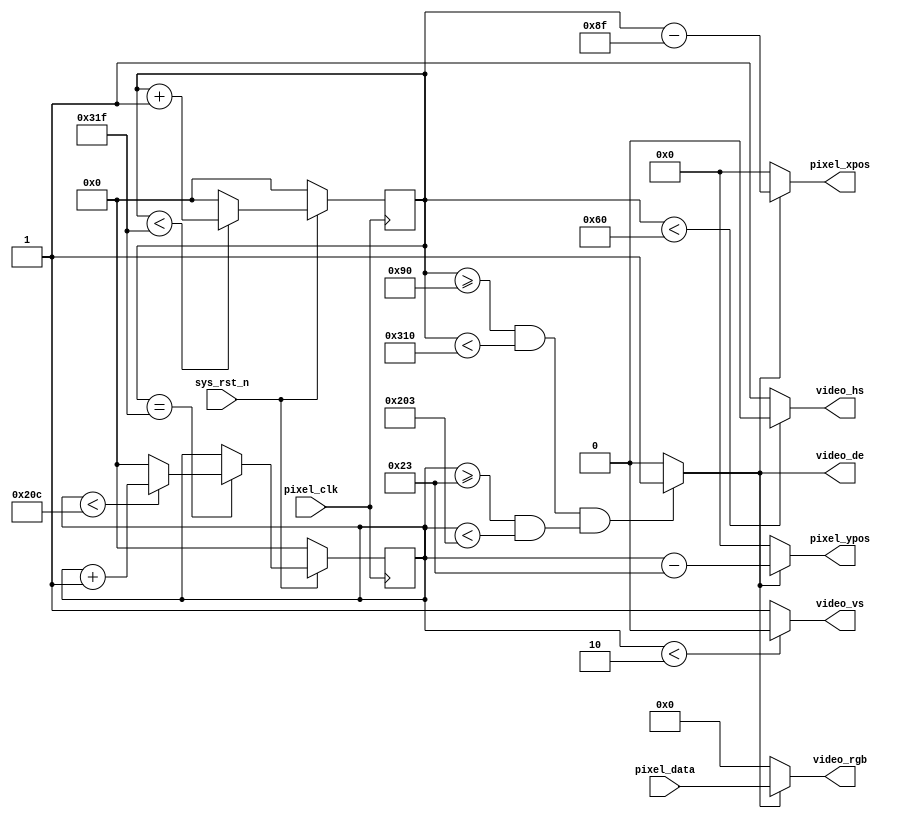
module vga_driver(
    input           pixel_clk,
    input           sys_rst_n,
    
    //RGB
    output          video_hs,     //
    output          video_vs,     //
    output          video_de,     //
    output  [5:0]   video_rgb,    //RGB222
    
    input   [5:0]   pixel_data,   //
    output  [10:0]  pixel_xpos,   //
    output  [10:0]  pixel_ypos    //
);

//parameter define

//1280*720 
parameter  H_SYNC   =  10'd96;   //
parameter  H_BACK   =  10'd48;  //
parameter  H_DISP   =  10'd640; //
parameter  H_FRONT  =  10'd16;  //
parameter  H_TOTAL  =  10'd800; //

parameter  V_SYNC   =  10'd2;    //
parameter  V_BACK   =  10'd33;   //
parameter  V_DISP   =  10'd480;  //
parameter  V_FRONT  =  10'd10;    //
parameter  V_TOTAL  =  10'd525;  //

//reg define
reg  [9:0] cnt_h;
reg  [9:0] cnt_v;

//wire define
wire       video_en;
wire       data_req;

//*****************************************************
//**                    main code
//*****************************************************

assign video_de  = video_en;

assign video_hs  = ( cnt_h < H_SYNC ) ? 1'b0 : 1'b1;  //
assign video_vs  = ( cnt_v < V_SYNC ) ? 1'b0 : 1'b1;  //

//RGB
assign video_en  = (((cnt_h >= H_SYNC+H_BACK) && (cnt_h < H_SYNC+H_BACK+H_DISP))
                 &&((cnt_v >= V_SYNC+V_BACK) && (cnt_v < V_SYNC+V_BACK+V_DISP)))
                 ?  1'b1 : 1'b0;

//RGB222
assign video_rgb = video_en ? pixel_data : 6'd0;

//
assign data_req = (((cnt_h >= H_SYNC+H_BACK) && (cnt_h < H_SYNC+H_BACK+H_DISP))
                  && ((cnt_v >= V_SYNC+V_BACK) && (cnt_v < V_SYNC+V_BACK+V_DISP)))
                  ?  1'b1 : 1'b0;

//
assign pixel_xpos = data_req ? (cnt_h - (H_SYNC + H_BACK - 1'b1)) : 11'd0;
assign pixel_ypos = data_req ? (cnt_v - (V_SYNC + V_BACK)) : 11'd0;

//
always @(posedge pixel_clk ) begin
    if (!sys_rst_n)
        cnt_h <= 11'd0;
    else begin
        if(cnt_h < H_TOTAL - 1'b1)
            cnt_h <= cnt_h + 1'b1;
        else 
            cnt_h <= 11'd0;
    end
end

//
always @(posedge pixel_clk ) begin
    if (!sys_rst_n)
        cnt_v <= 11'd0;
    else if(cnt_h == H_TOTAL - 1'b1) begin
        if(cnt_v < V_TOTAL - 1'b1)
            cnt_v <= cnt_v + 1'b1;
        else 
            cnt_v <= 11'd0;
    end
end

endmodule